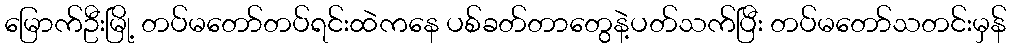
မြောက်ဦးမြို့ တပ်မတော်တပ်ရင်းထဲကနေ ပစ်ခတ်တာတွေနဲ့ပတ်သက်ပြီး တပ်မတော်သတင်းမှန်